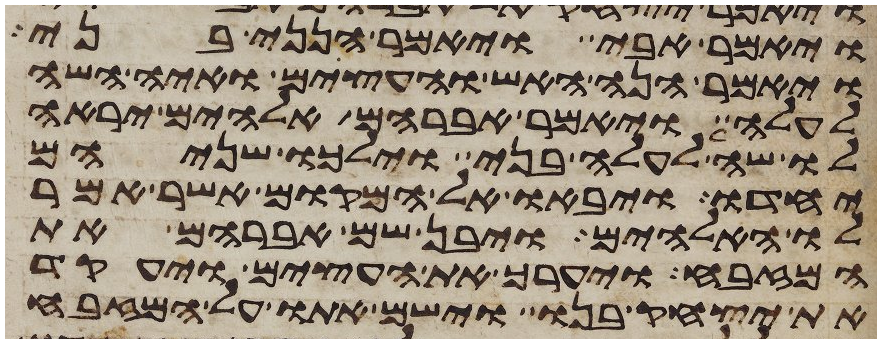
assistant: ויאמר אבי ויאמר הנני בני
ויאמר הנה האש והעצים ואיה השה
לעלה ויאמר אברהם אלהים יראה
לו שה לעלה בני וילכו שניהם
יחדו ויבאו אל המקום אשר אמר
לו האלהים ויבן שם אברהם את
המזבח ויערך את העצים ויעקד
את יצחק בנו וישם אתו על המזבח